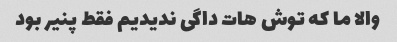
والا ما که توش هات داگی ندیدیم فقط پنیر بود